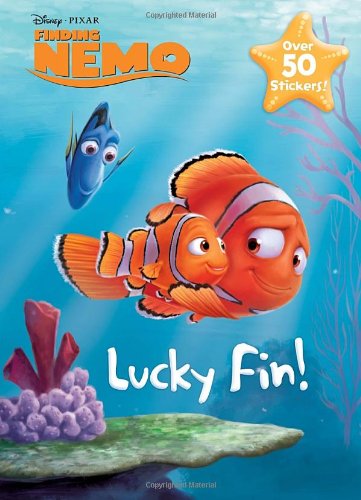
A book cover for Lucky Fin! (Disney/Pixar Finding Nemo) (Super Color with Stickers); RH Disney; Children's Books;